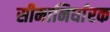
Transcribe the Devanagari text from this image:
सीमानिर्धारक